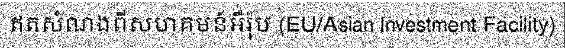
ឥតសំណងពីសហគមន៍អឺរ៉ុប (EU/Asian Investment Facility)